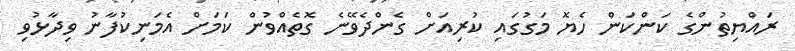
ރައްޔިތުންގެ ކަންކަން ހެޔޮ މަގުގައި ކުރިއަށް ގެންދެވޭނެ ގޮތެއްވުން ކަމަށް އެމަނިކުފާނު ވިދާޅުވި